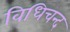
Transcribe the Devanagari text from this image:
विधिचन्द